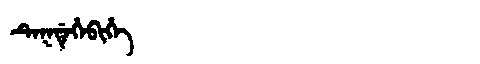
Manchu: ᡨᡝᡴᡩᡝᡥᡝᠪᡳᡥᡝ
Romanization: TEKDEHEBIHE